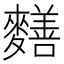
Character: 𪍶